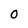
Character: 0